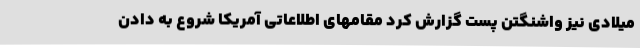
میلادی نیز واشنگتن پست گزارش کرد مقامهای اطلاعاتی آمریکا شروع به دادن